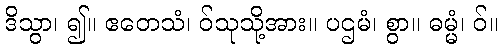
ဒိသွာ၊ ၍။ ဧတေသံ၊ ဝ်သုသို့အား။ ပဌမံ၊ စွာ။ ဓမ္မံ၊ ဝ်။